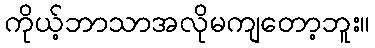
ကိုယ့်ဘာသာအလိုမကျတော့ဘူး။